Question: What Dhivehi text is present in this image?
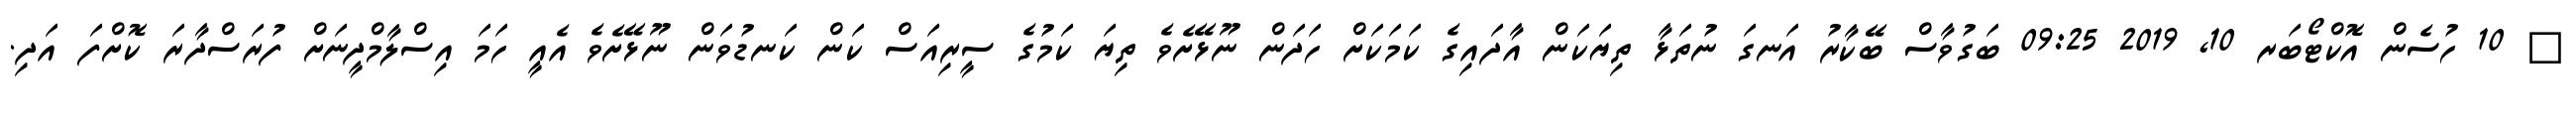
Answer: ? 10 ހުސެން އޮކްޓޯބަރ 10, 2019 09:25 ބަގުވާސް ބޭކާރު އަނގަ ނުތަޅާ ތިޔަކަން އާދައިގެ ކަމަކަށް ހަދަން ނޫޅޭށެވެ ތިޔަ ކަމުގެ ސީރިއަސް ކަން ކަނޑުވަން ނޫޅޭށެވެ އެއީ ހަމަ އިސްލާމްދީނަށް ފުރަސްދާރަ ކޮށްފަ އަދި.